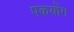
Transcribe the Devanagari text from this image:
पकयोंग